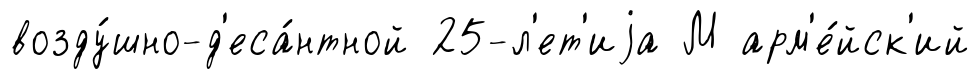
возду́шно-д'еса́нтной 25-л'ет'иjа М арм'е́йск'ий